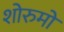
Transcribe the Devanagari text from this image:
शोरुमों